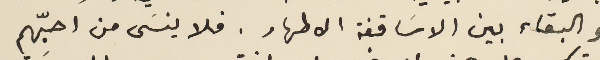
والبقاء بين الاسَاقفة الاطهار. فلا ينسَى من احبّهم